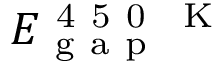
E _ { \mathrm { ~ g ~ a ~ p ~ } } ^ { \mathrm { ~ 4 ~ 5 ~ 0 ~ \, ~ K ~ } }